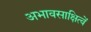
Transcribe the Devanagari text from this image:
अभावसाक्षित्वें